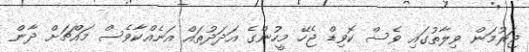
ޖަރުމަން ވިލާތުގައި ވެސް ކޮވިޑް ޖެހޭ މީހުންގެ އަދަދުތައް އަނެއްކާވެސް މައްޗަށް ދާން